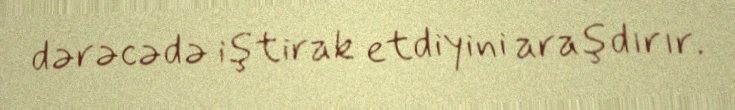
dərəcədə iştirak etdiyini araşdırır.